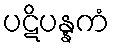
ပဋိပန္နကံ